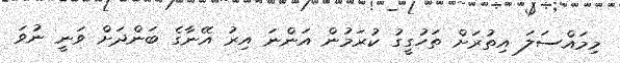
މިމައްސަލަ އިތުރަށް ތަހުގީގު ކުރަމުން އަންނަ އިރު އޭނާގެ ބަންދަށް ވަނީ ނުވަ